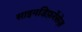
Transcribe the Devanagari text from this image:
साइनडिफ़रेंसेज़